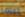
ربما